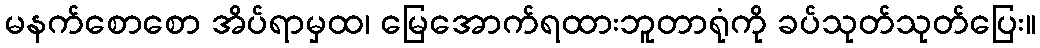
မနက်စောစော အိပ်ရာမှထ၊ မြေအောက်ရထားဘူတာရုံကို ခပ်သုတ်သုတ်ပြေး။